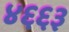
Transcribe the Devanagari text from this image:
४६६३